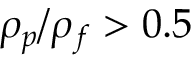
\rho _ { p } / \rho _ { f } > 0 . 5